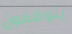
يتوقفون